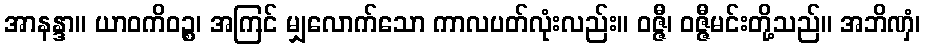
အာနန္ဒာ။ ယာဝကိဝဉ္စ၊ အကြင် မျှလောက်သော ကာလပတ်လုံးလည်း။ ဝဇ္ဇီ၊ ဝဇ္ဇီမင်းတို့သည်။ အဘိဏှံ၊